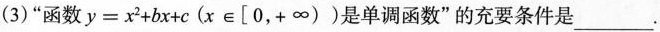
(3)”函数$$y=x^{2}+bx+c(x \in \left [0,+\infty \right ))是单调函数”的充要条件是___。